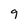
Character: 9